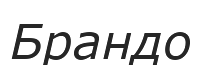
Брандо